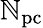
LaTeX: \mathbb{N}_{\mathrm{{{pc}}}}